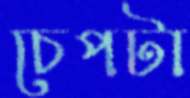
চেপটা